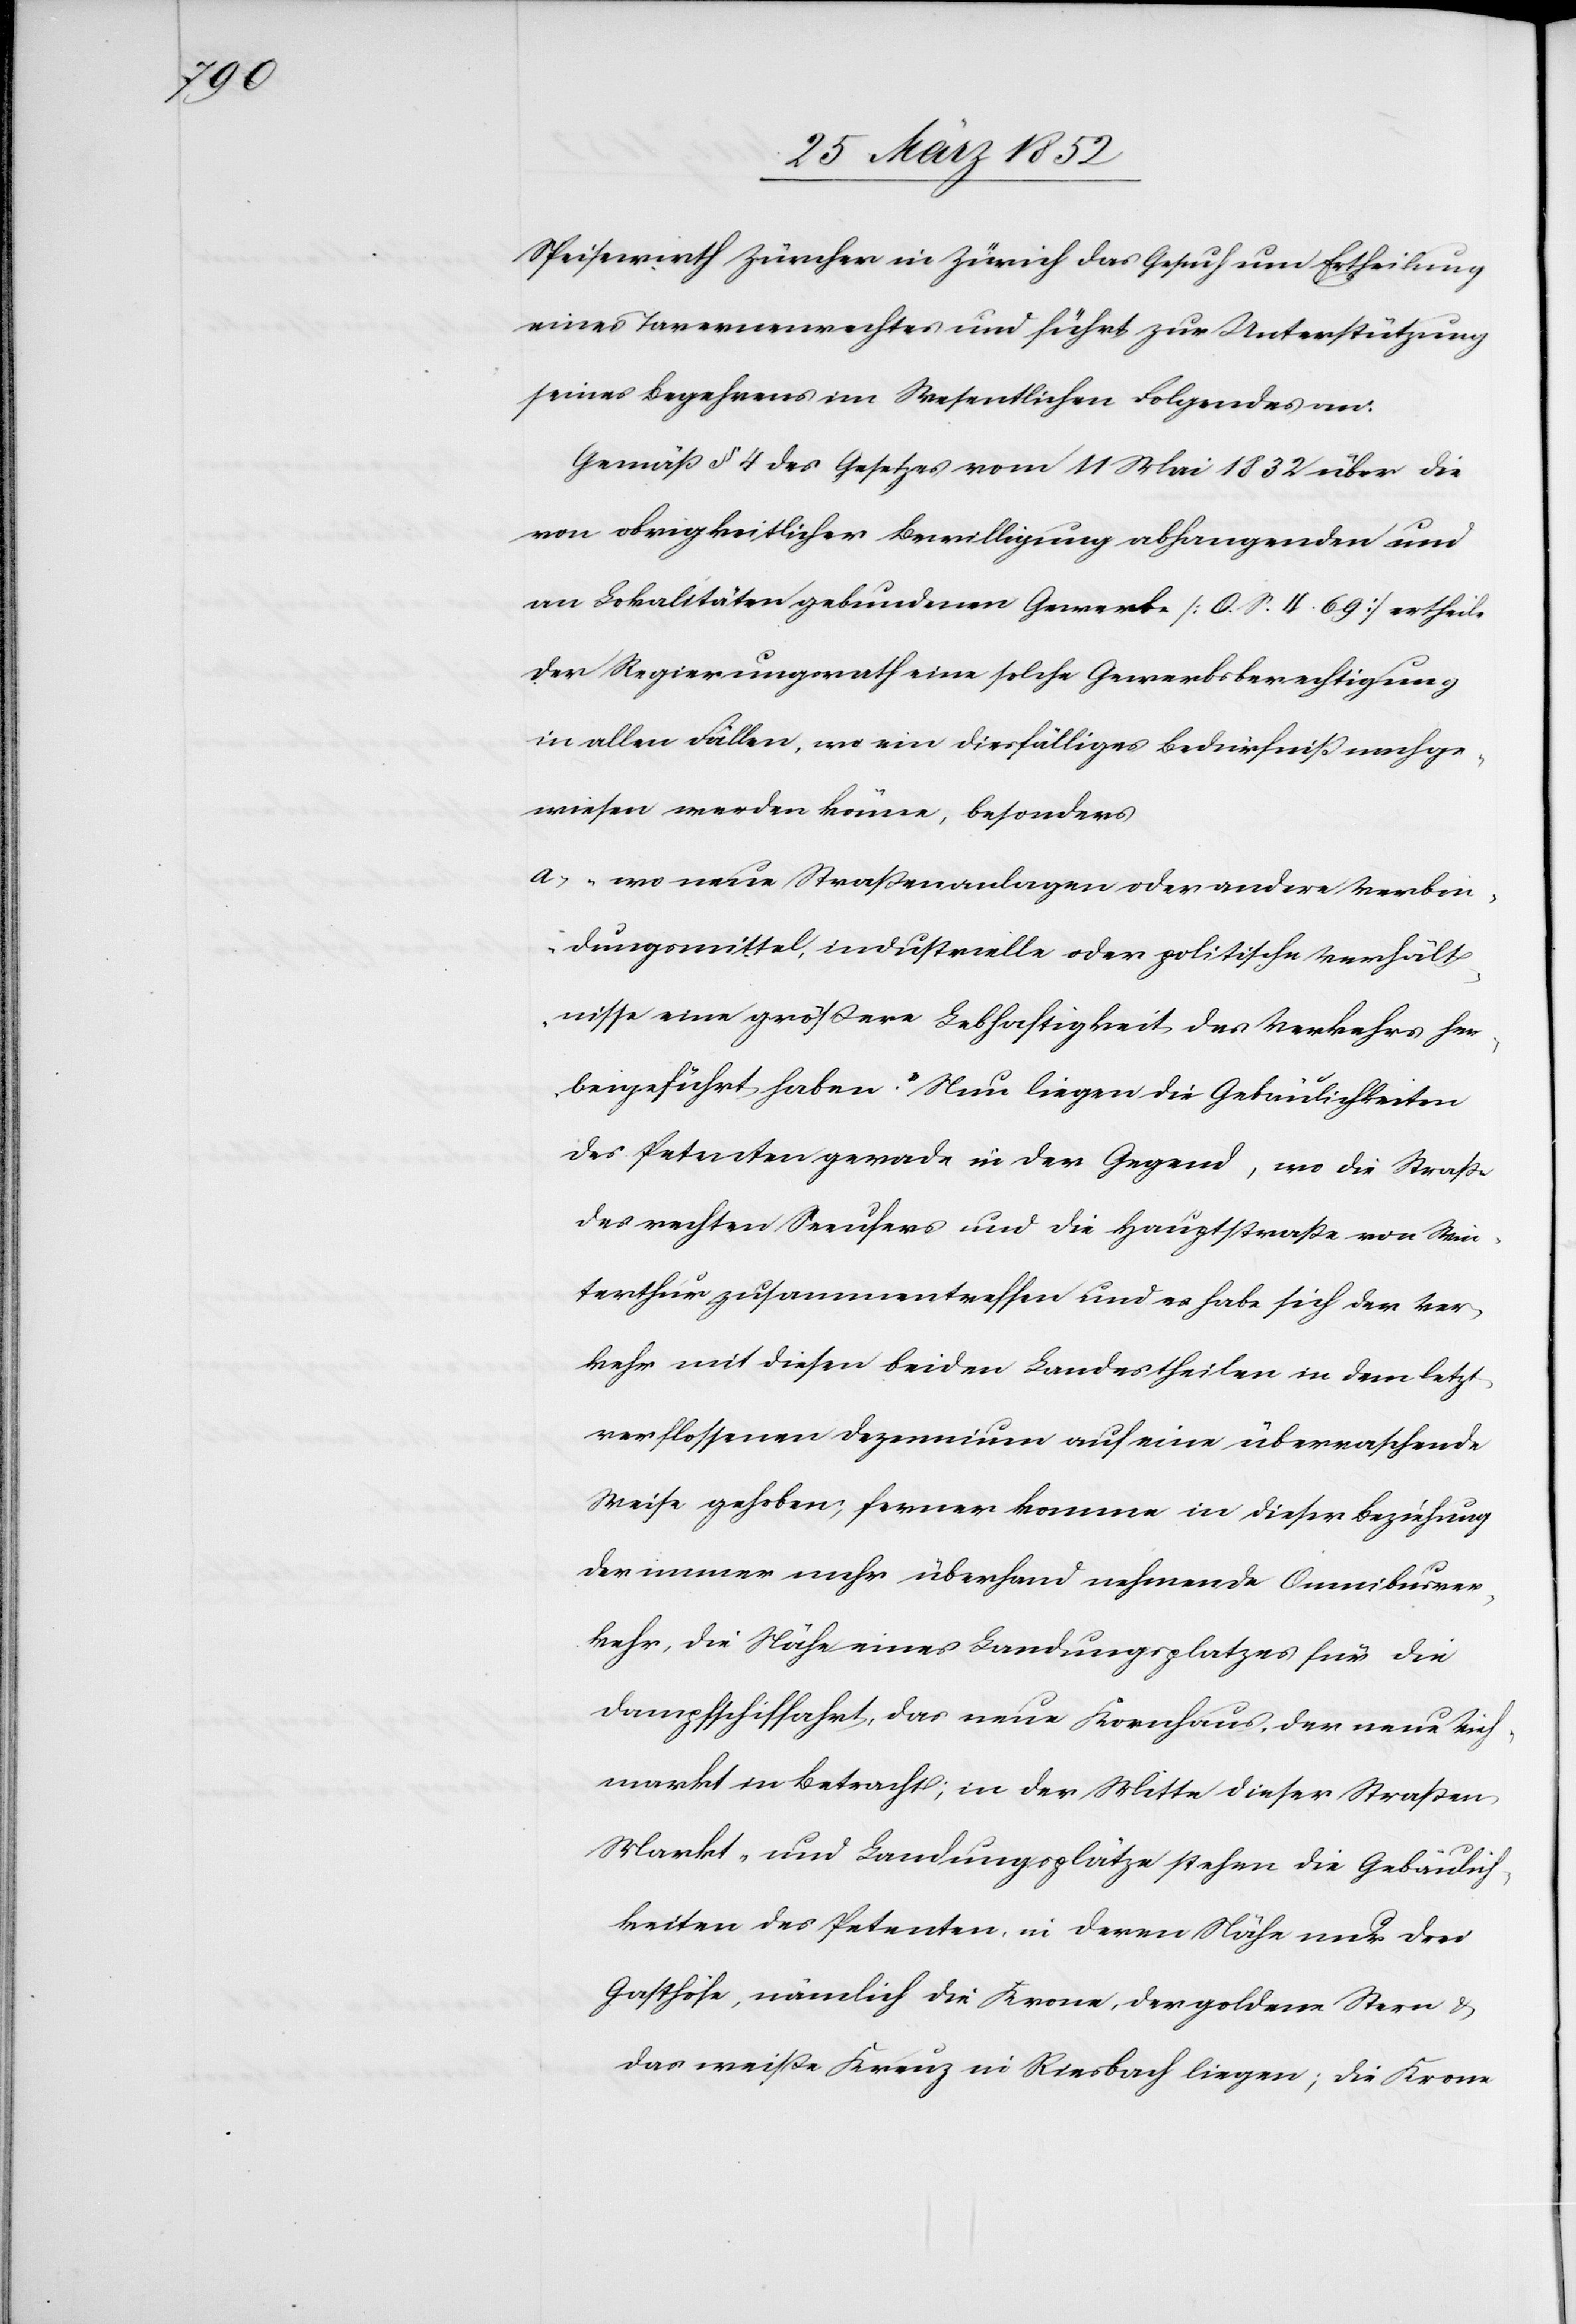
Speisewirth Zürcher in Zürich das Gesuch um Ertheilung
eines Tavernenrechtes und führt zur Unterstützung
seines Begehrens im Wesentlichen Folgendes an.
Gemäß § 4 des Gesetzes vom 11 Mai 1832 über die
von obrigkeitlicher Bewilligung abhangenden und
an Lokalitäten gebundenen Gewerbe [O. S. 4. 69] ertheile
der Regierungsrath eine solche Gewerbsberechtigung
in allen Fällen, wo ein diesfälliges Bedürfniß nachge¬
wiesen werden könne, besonders
a) „wo neue Straßenanlagen oder andere Verbin¬
dungsmittel, industrielle oder politische Verhält¬
nisse eine größere Lebhaftigkeit des Verkehrs her¬
beigeführt haben.“ Nun liegen die Gebäulichkeiten
des Petenten gerade in der Gegend, wo die Straße
des rechten Seeufers und die Hauptstraße von Win¬
terthur zusammentreffen und es habe sich der Ver¬
kehr mit diesen beiden Landestheilen in dem letzt¬
verflossenen Dezennium auf eine überraschende
Weise gehoben, ferner komme in dieser Beziehung
der immer mehr überhand nehmende Omnibusver¬
kehr, die Nähe eines Landungsplatzes für die
Dampfschiffahrt, das neue Kornhaus, der neue Vieh¬
markt in Betracht; in der Mitte dieser Straßen-
Markt- und Landungsplätze stehen die Gebäulich¬
keiten des Petenten, in deren Nähe nur drei
Gasthöfe, nämlich die Krone, der goldene Stern u.
das weiße Kreuz in Riesbach liegen; die Krone